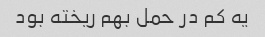
یه کم در حمل بهم ریخته بود